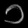
Digit: ၁